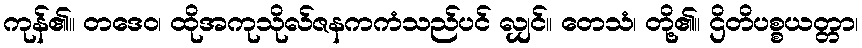
ကုန်၏။ တဒေဝ၊ ထိုအကုသိုလ်ဇနကကံသည်ပင် လျှင်။ တေသံ၊ တို့၏။ ဌိတိပစ္စယတ္တာ၊